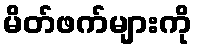
မိတ်ဖက်များကို